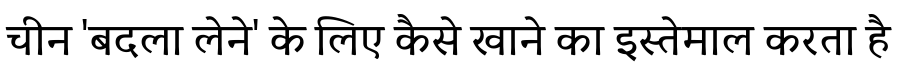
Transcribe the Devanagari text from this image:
चीन 'बदला लेने' के लिए कैसे खाने का इस्तेमाल करता है